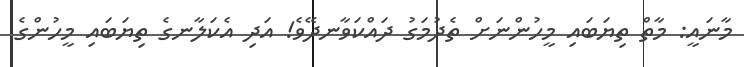
މާނައީ: މާތް ތިޔަބައި މީހުންނަށް ތެދުމަގު ދައްކަވާނދޭވެ! އަދި އެކަލާނގެ ތިޔަބައި މީހުންގެ